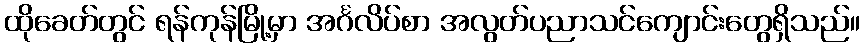
ထိုခေတ်တွင် ရန်ကုန်မြို့မှာ အင်္ဂလိပ်စာ အလွတ်ပညာသင်ကျောင်းတွေရှိသည်။